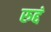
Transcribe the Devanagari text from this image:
रुद्दं